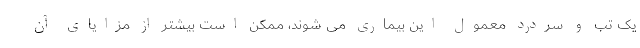
یک تب و سردرد معمول این بیماری می شوند، ممکن است بیشتر از مزایای آن